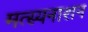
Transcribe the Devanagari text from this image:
मत्स्यनाशन